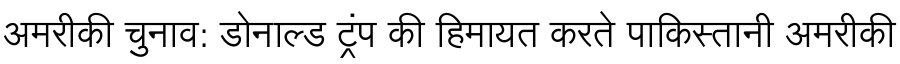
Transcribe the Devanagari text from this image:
अमरीकी चुनाव: डोनाल्ड ट्रंप की हिमायत करते पाकिस्तानी अमरीकी